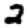
Digit: 2